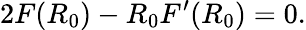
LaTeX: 2F(R_{0})-R_{0}F^{\prime}(R_{0})=0.